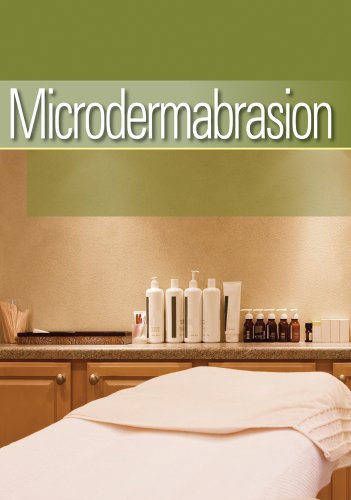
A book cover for Microdermabrasion; Milady; Health, Fitness & Dieting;